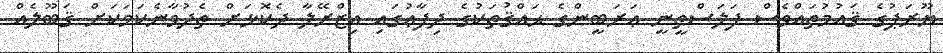
ޔޫރަޕުގެ ޤައުމުތައްވެސް ފަލަސްޠީނީ ޢަރަބީންގެ ޙައްޤުތަކުގެ ދިފާޢުގައި އިޒްރޭލާ ދެކޮޅަށް ތެދުވާނެކަމަކަށް ޤަބޫލެއް